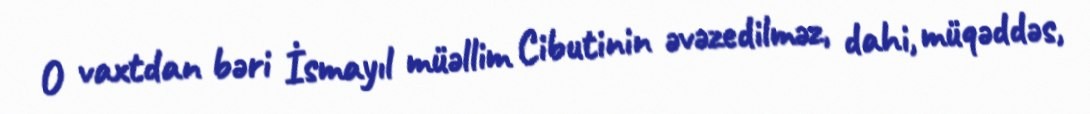
O vaxtdan bəri İsmayıl müəllim Cibutinin əvəzedilməz, dahi, müqəddəs,